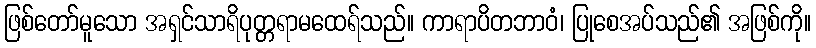
ဖြစ်တော်မူသော အရှင်သာရိပုတ္တရာမထေရ်သည်။ ကာရာပိတဘာဝံ၊ ပြုစေအပ်သည်၏ အဖြစ်ကို။